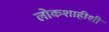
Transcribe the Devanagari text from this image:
लोकशाहीशी